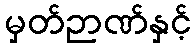
မှတ်ဉာဏ်နှင့်